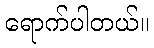
ရောက်ပါတယ်။